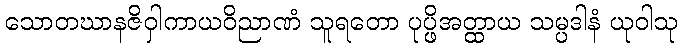
သောတဃာနဇိဝှါကာယဝိညာဏံ သူရတော ပုပ္ဖိအတ္ထာယ သမ္ပဒါနံ ယုဝါသု